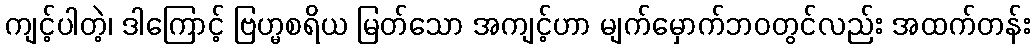
ကျင့်ပါတဲ့၊ ဒါကြောင့် ဗြဟ္မစရိယ မြတ်သော အကျင့်ဟာ မျက်မှောက်ဘဝတွင်လည်း အထက်တန်း